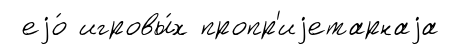
еjо́ игровы́х пропр'иjетарнаjа